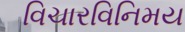
વિચારવિનિમય